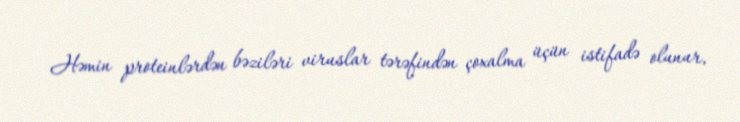
Həmin proteinlərdən bəziləri viruslar tərəfindən çoxalma üçün istifadə olunur,